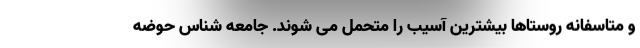
و متاسفانه روستاها بیشترین آسیب را متحمل می شوند. جامعه شناس حوضه